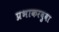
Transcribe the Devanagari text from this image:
प्रभाकरबुवा